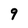
Character: 9